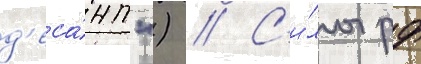
д'еса́нт") // С'и́лы рф